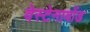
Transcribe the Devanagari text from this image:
वेस्टेनावोंड